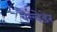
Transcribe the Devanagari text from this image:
बैल्वेडेर